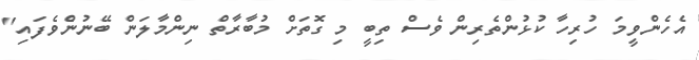
އެހެންވީމަ ހުރިހާ ކުޅުންތެރިން ވެސް ތިބީ މި ގޮތަށް މުބާރާތް ނިންމާލަން ބޭނުންެވެފައި"